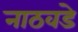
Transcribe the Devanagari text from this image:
नाठवडे